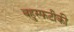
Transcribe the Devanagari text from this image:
बहुस्फटीकी